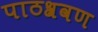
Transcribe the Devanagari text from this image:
पाठश्रवण